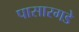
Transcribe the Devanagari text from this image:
पासारगडे